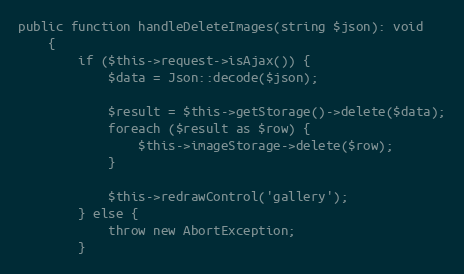
Language: PHP
public function handleDeleteImages(string $json): void
	{
		if ($this->request->isAjax()) {
			$data = Json::decode($json);

			$result = $this->getStorage()->delete($data);
			foreach ($result as $row) {
				$this->imageStorage->delete($row);
			}

			$this->redrawControl('gallery');
		} else {
			throw new AbortException;
		}